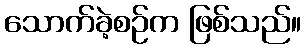
သောက်ခဲ့စဉ်က ဖြစ်သည်။